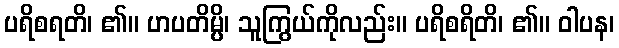
ပရိစရတိ၊ ၏။ ဟပတိမ္ပိ၊ သူကြွယ်ကိုလည်း။ ပရိစရိတိ၊ ၏။ ဝါပန၊